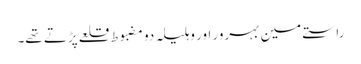
راستے مین بہرور اور وہلیلہ دو مضبوط قلعے پڑتے تھے۔